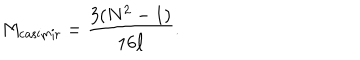
LaTeX: M _ { \mathrm { c a s i m i r } } = { \frac { 3 ( N ^ { 2 } - 1 ) } { 1 6 \ell } } .